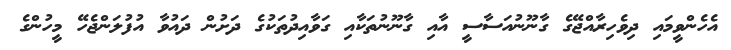
އެހެންވީމައި ދިވެހިރާއްޖޭގެ ގާނޫނުއަސާސީ އާއި ގާނޫނުތަކާއި ގަވާއިދުތަކުގެ ދަށުން ދައުވާ އުފުލަންޖެހޭ މީހުންގެ